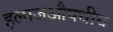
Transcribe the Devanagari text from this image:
इलाजऔषधीय